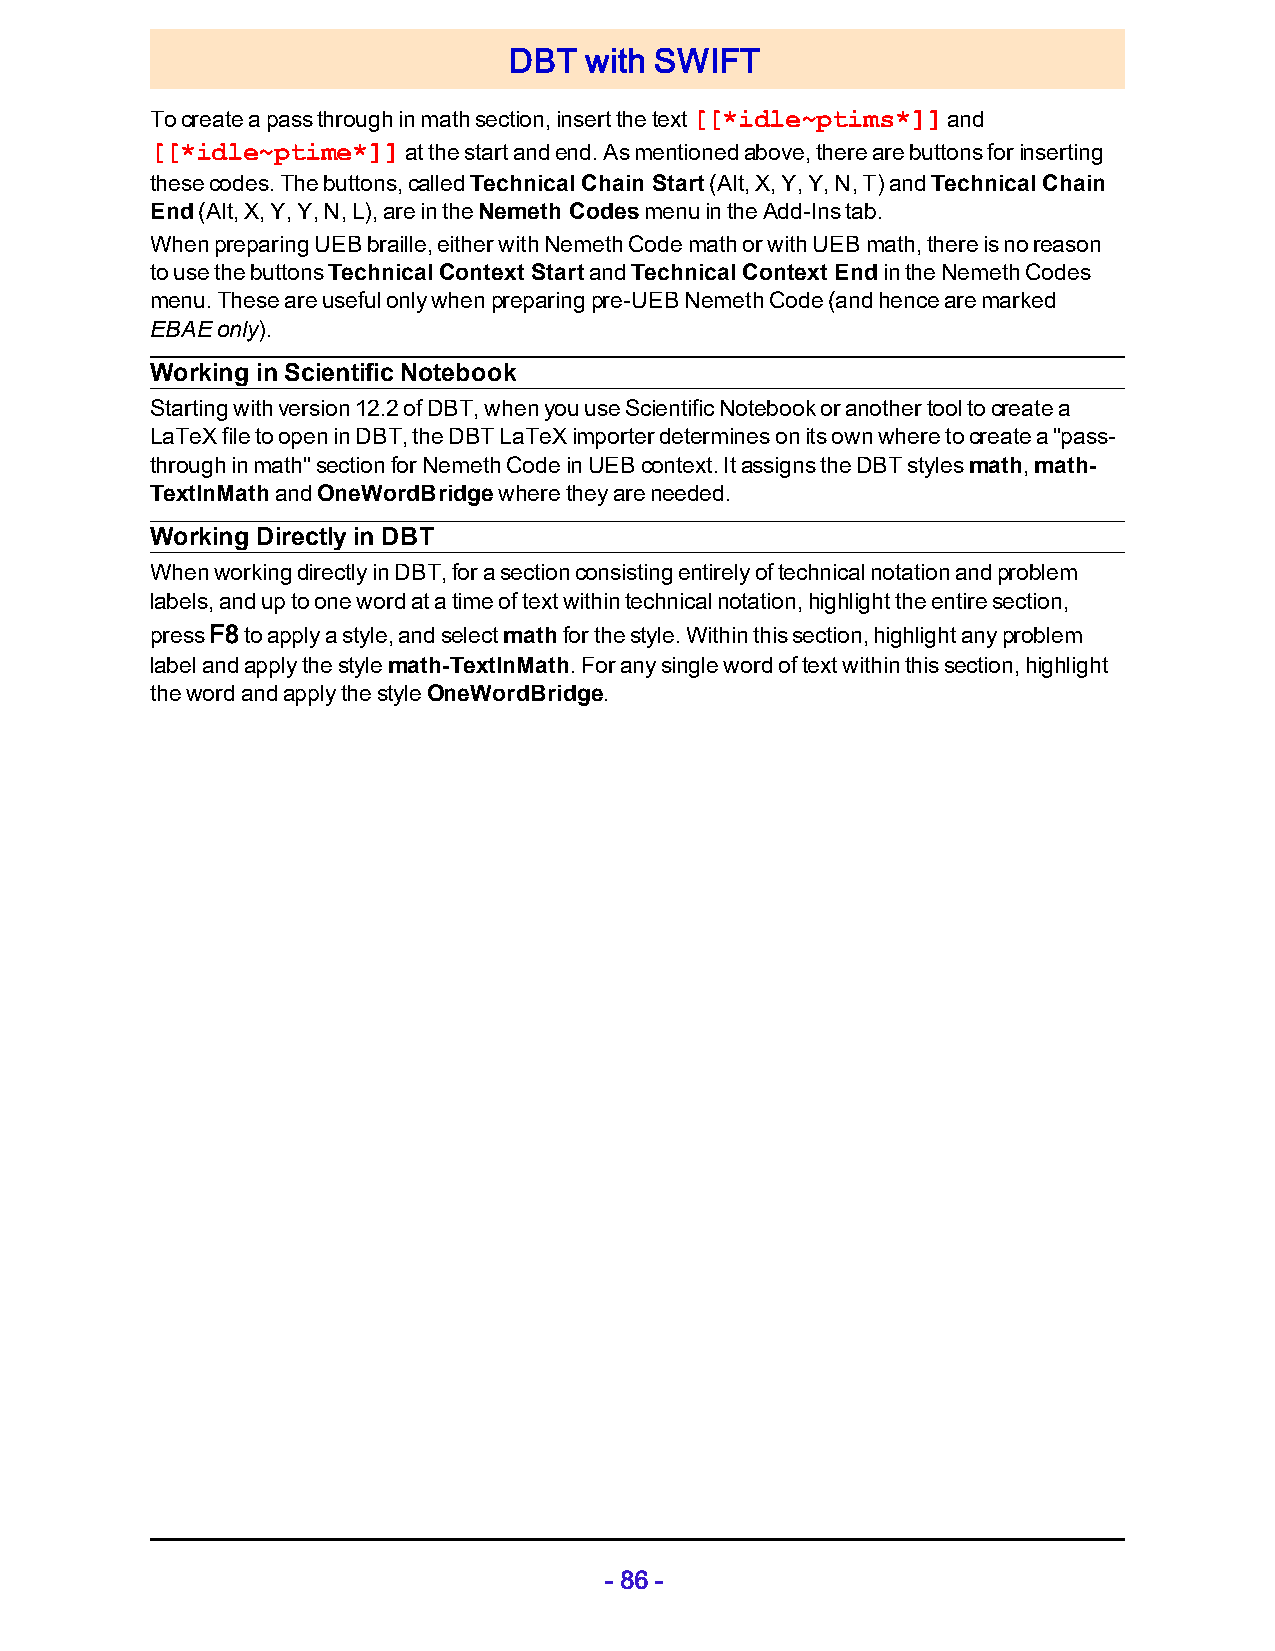
DBT  with SWIFT
 To create a pass through in math section, insert the text [[*idle~ptims*]] and
 [[*idle~ptime*]] at the start and end. As mentioned above, there are buttons for inserting
 these codes. The buttons, called Technical Chain Start (Alt, X, Y, Y, N, T) and Technical Chain
 End (Alt, X, Y, Y, N, L), are in the Nemeth Codes menu in the Add-Ins tab.
 When preparing UEB braille, either with Nemeth Code math or with UEB math, there is no reason
 to use the buttons Technical Context Start and Technical Context End in the Nemeth Codes
 menu. These are useful only when preparing pre-UEB Nemeth Code (and hence are marked
 EBAE only).
 Working in Scientific Notebook
 Starting with version 12.2 of DBT, when you use Scientific Notebook or another tool to create a
 LaTeX file to open in DBT, the DBT LaTeX importer determines on its own where to create a "pass-
 through in math" section for Nemeth Code in UEB context. It assigns the DBT styles math, math-
 TextInMath and OneWordBridge where they are needed.
 Working Directly in DBT
 When working directly in DBT, for a section consisting entirely of technical notation and problem
 labels, and up to one word at a time of text within technical notation, highlight the entire section,
 press F8 to apply a style, and select math for the style. Within this section, highlight any problem
 label and apply the style math-TextInMath. For any single word of text within this section, highlight
 the word and apply the style OneWordBridge.
 - 86 -